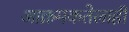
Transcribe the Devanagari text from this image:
आक्रमकतेलाही